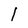
Character: 1